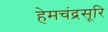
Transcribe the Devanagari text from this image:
हेमचंद्रसूरि